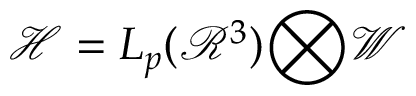
{ \mathcal { H } } = L _ { p } ( { \mathcal { R } } ^ { 3 } ) { \bigotimes } { \mathcal { W } }